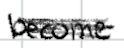
Text: become
Cross-out: mix
Writing tool: digital_black